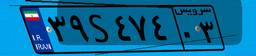
۸۶S۶۸۲۴۹